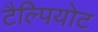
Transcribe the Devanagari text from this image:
टैल्पियोट